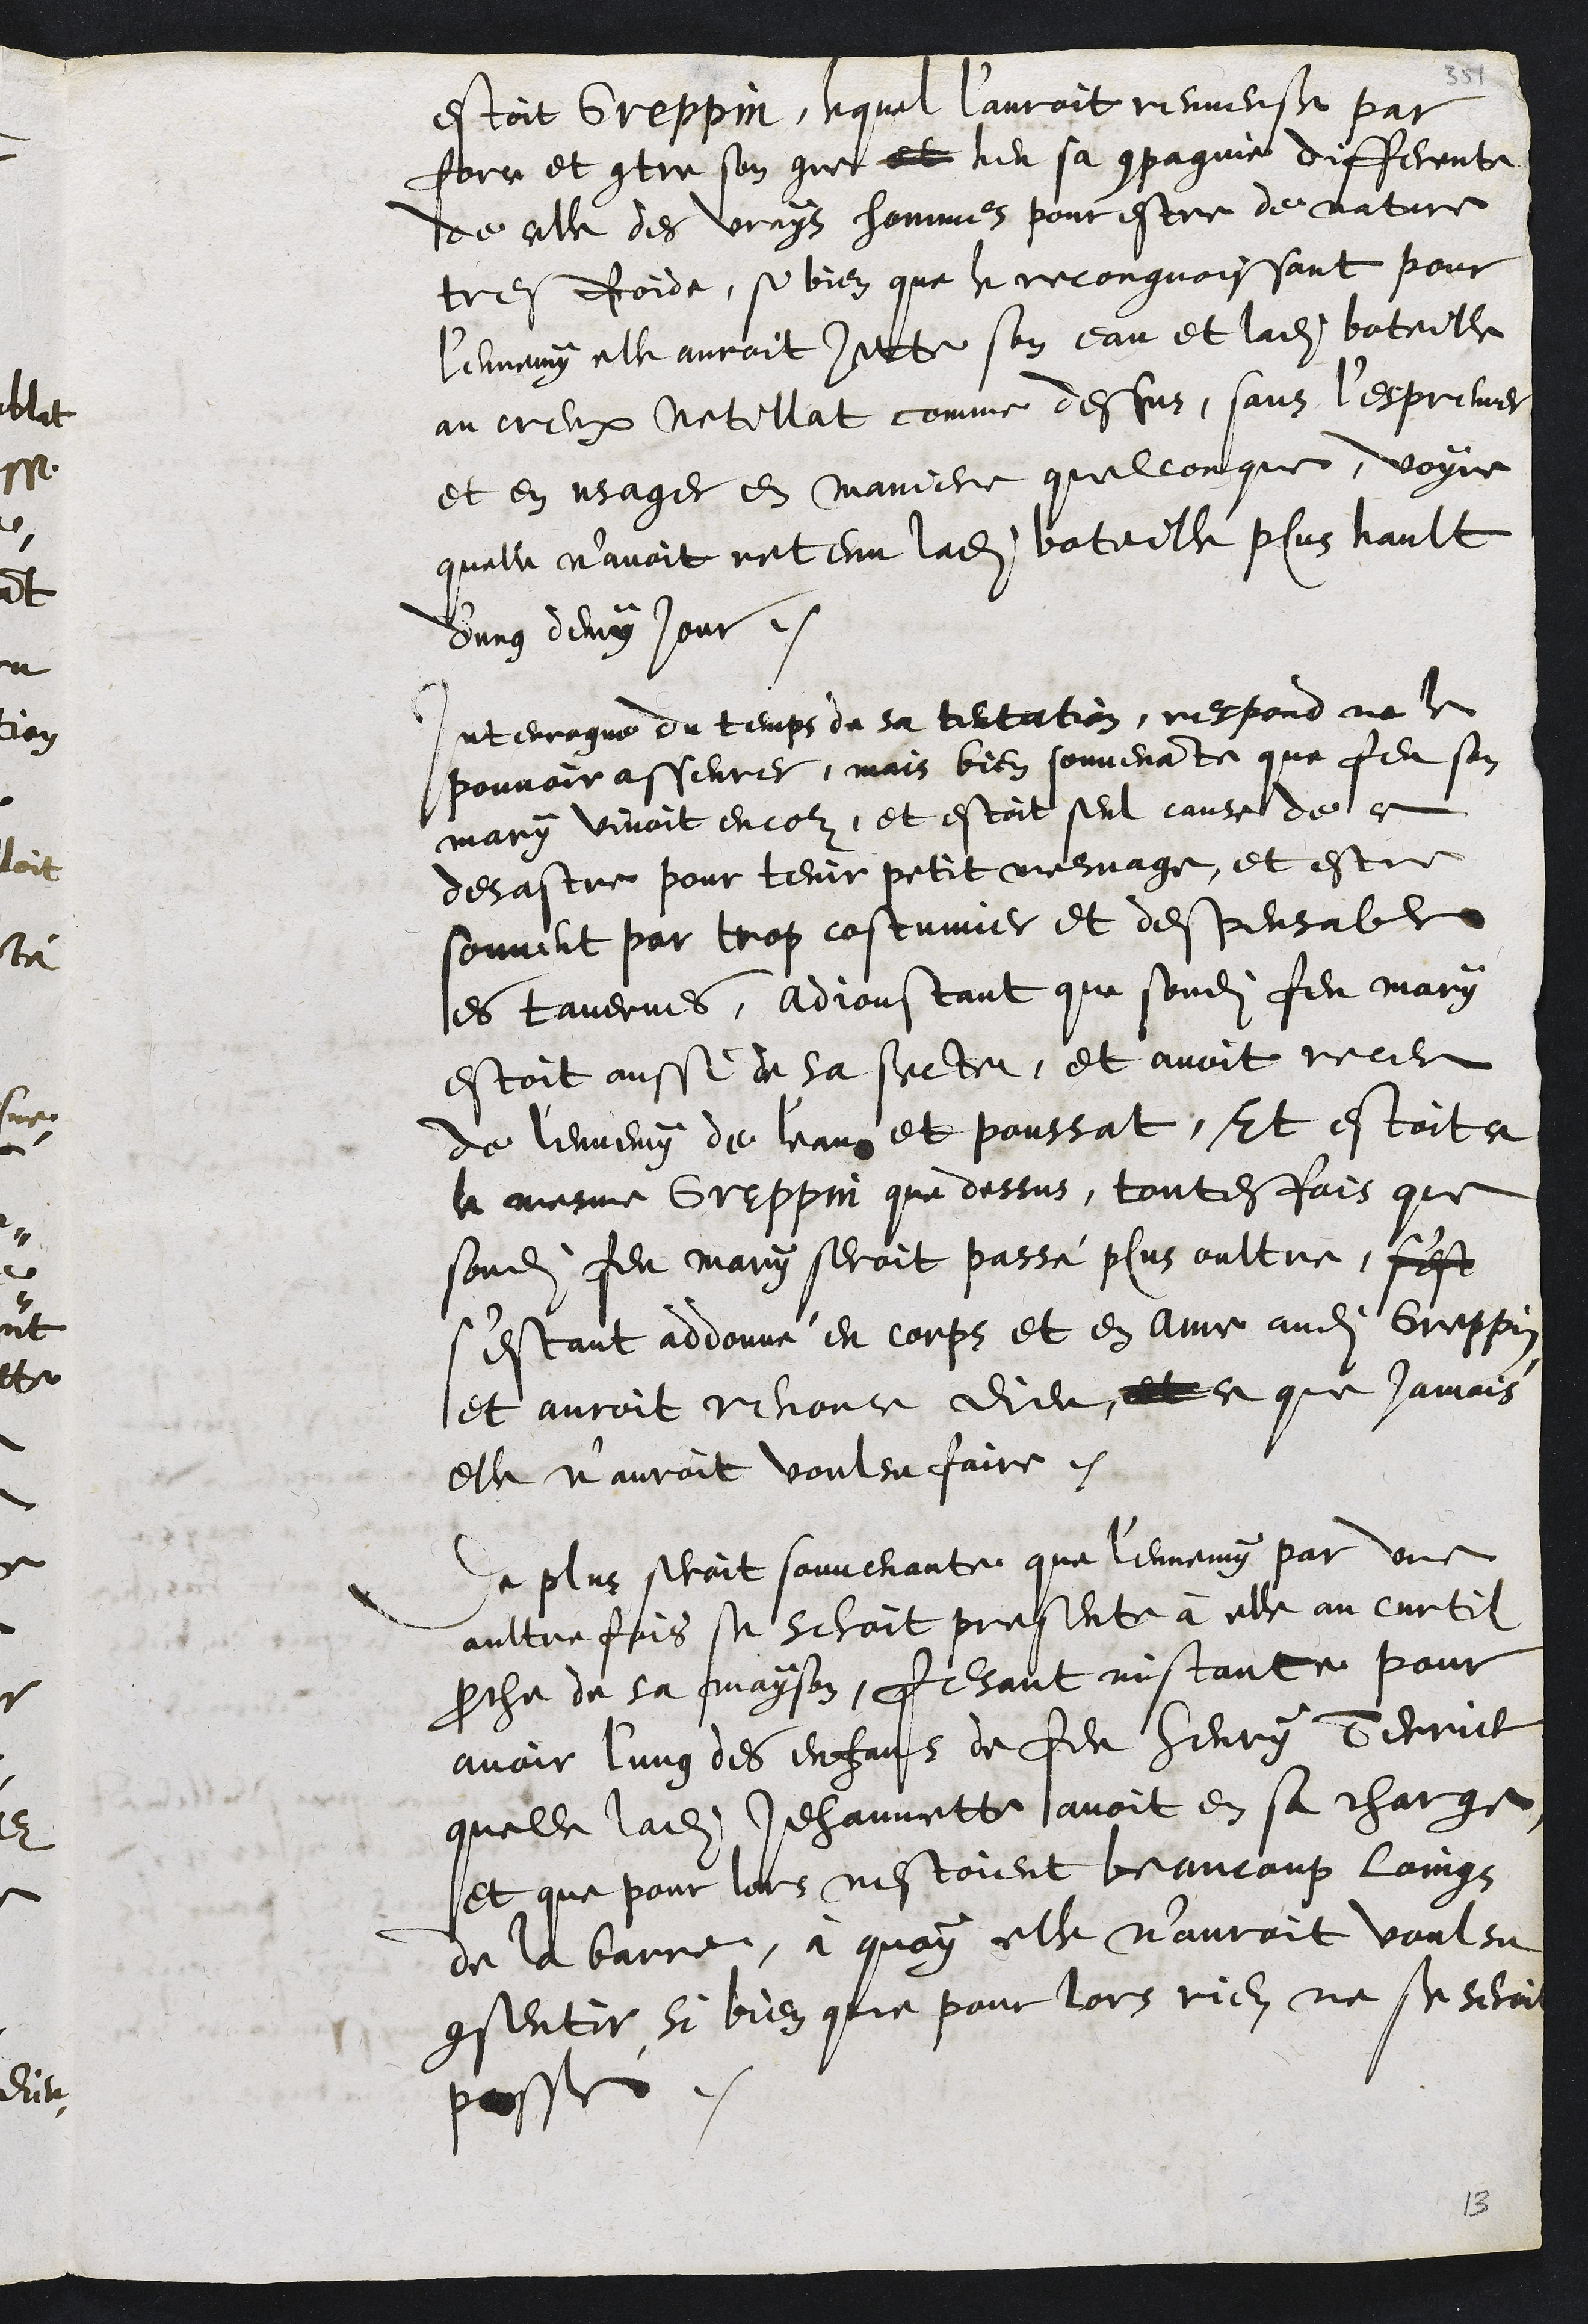
estoit Greppin, lequel l’auroit renverse par
force et contre son gre et heu sa compagnie differente
de celle des vrays hommes pour estre de nature
tres froide, si bien que le recongnoissant pour
l'ennemy elle auroit jette son eau et ladite boteille
au creux Netillat comme dessus, sans l'espreuver
et en usager en maniere quelconque, voyre
quelle n'avoit retenu ladite boteille plus hault
d'ung demy jour.
Interrogue du temps de sa tentation, respond ne le
pouvoir asseurer, mais bien souvenante que feu son
mary vivoit encor, et estoit seul cause de ce
desastre pour tenir petit mesnage, et estre
souvent par trop costumier et despensable
es tavernes, adjoustant que sondit feu mary
estoit aussi de sa secte, et avoit receu
de l'ennemy de l'eau et poussat, Et estoit ce
le mesme Greppin que dessus, toutesfois que
sondit feu mary seroit passé plus oultre, sest
s'estant addonné en corps et en ame audit Greppin
et auroit renonce dieu, et ce que jamais
elle n'auroit voulsu faire.
De plus seroit souvenante que l'ennemy par une
aultre fois se seroit presente à elle au curtil
proche de sa mayson, fesant instance pour
avoir l'ung des enfans de feu Henry Terrier
quelle ladite Jehannette avoit en sa charge,
et que pour lors nestoient beaucoup loings
de la barre, à quoy elle n'auroit voulsu
consentir, si bien que pour lors rien ne se seroit
passé.